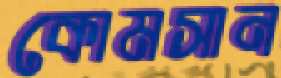
কোমসান